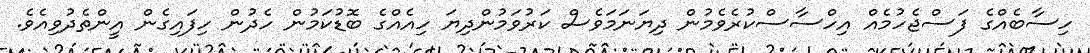
ހިސާބެއްގެ ފަސްޖެހުމެއް އިހްސާސްކުރެވެމުން ދިޔަނަމަވެސް ކަރުވަމުންދިޔަ ހިއެއްގެ ބޮޑުކަމުން ހެދުން ހިފައިގެން އީންތެދުވިއެވެ.